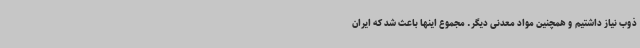
ذوب نیاز داشتیم و همچنین مواد معدنی دیگر. مجموع اینها باعث شد که ایران